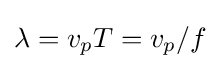
\lambda =v_{p}T=v_{p}/f